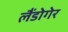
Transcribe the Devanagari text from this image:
लैंडोगेर